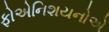
ફોએનિશયનોએ